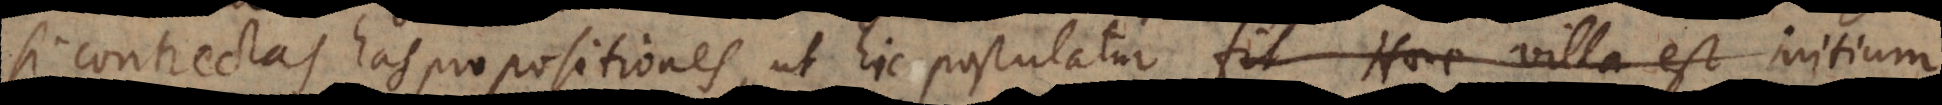
si contrectas has propositiones, ut hic postulatur, fit Haec villa est initium